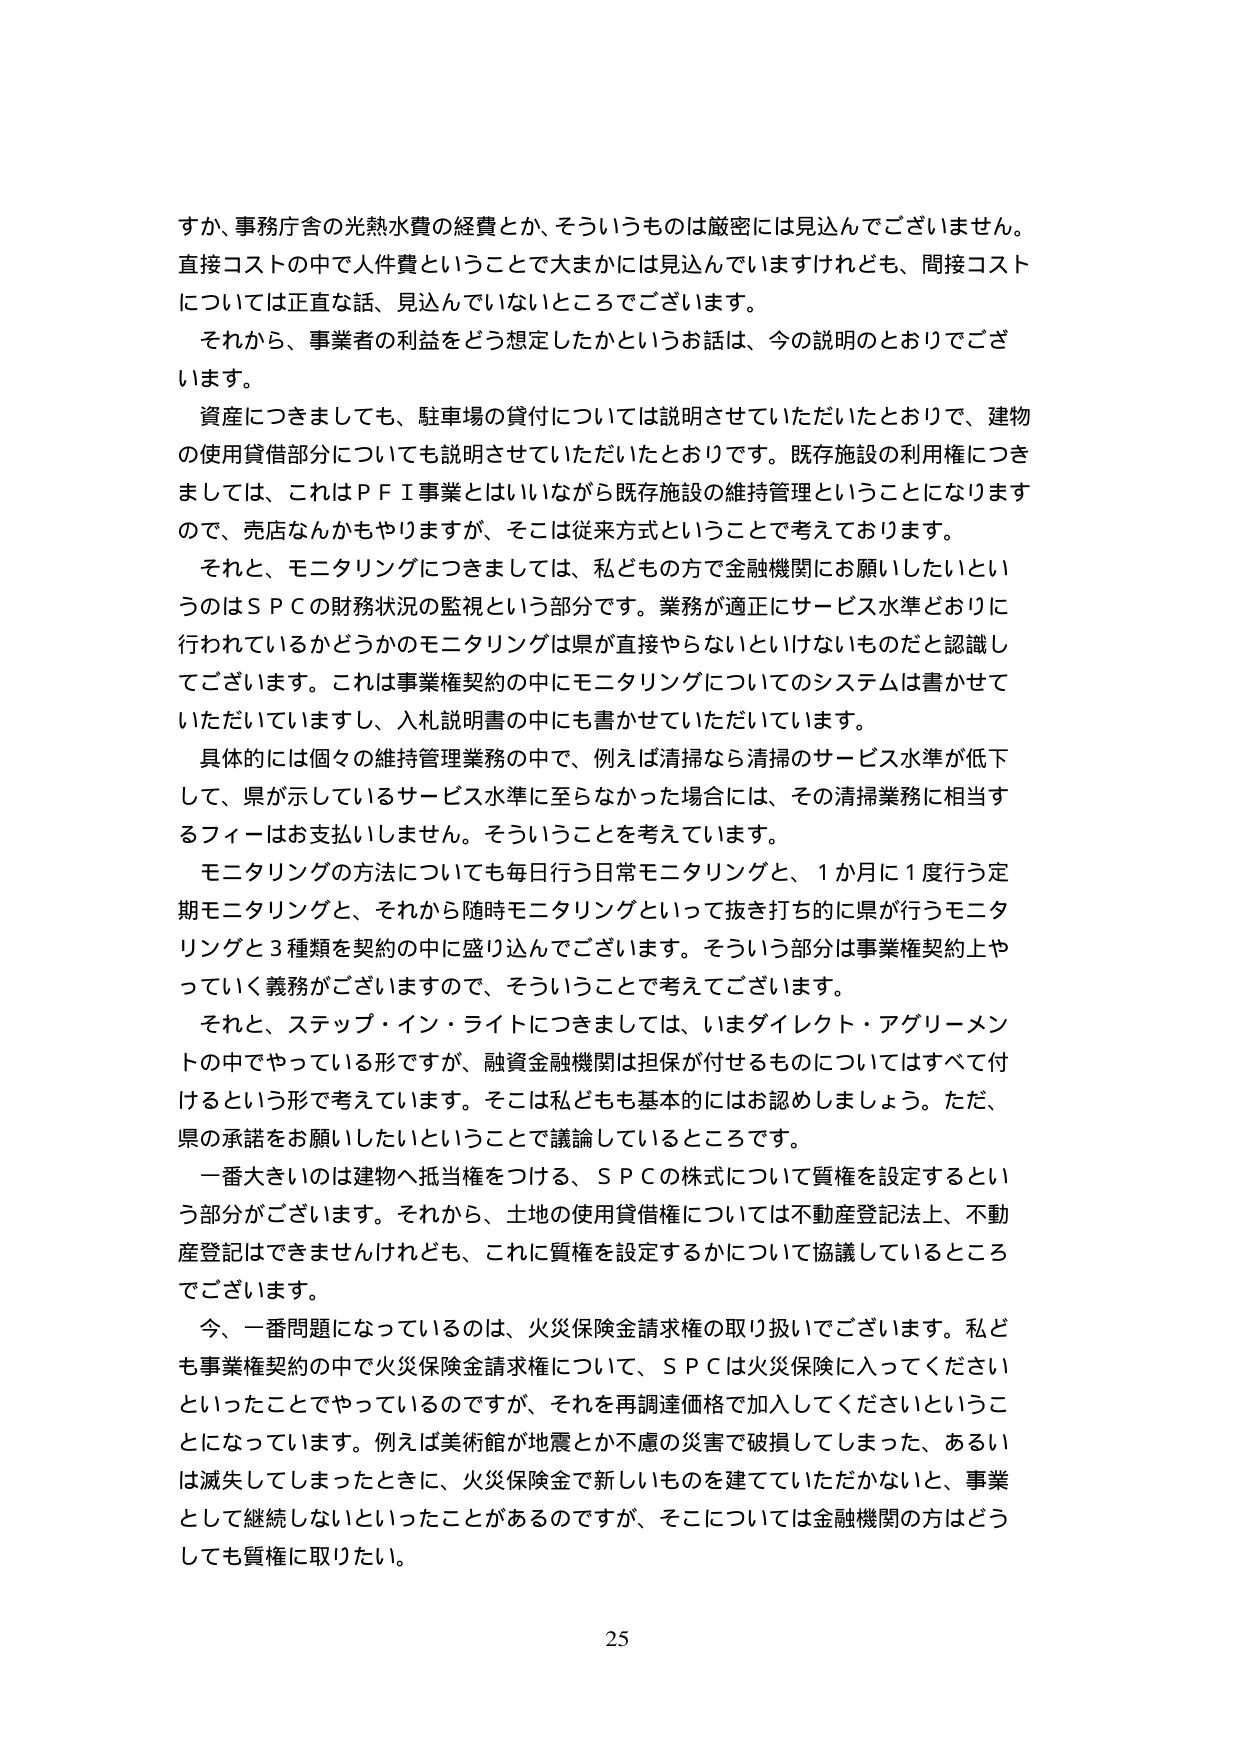
すか、事務庁舎の光熱水費の経費とか、そういうものは厳密には見込んでございません。直接コストの中で人件費ということで大まかには見込んでいますけれども、間接コストについては正直な話、見込んでいないところでございます。

それから、事業者の利益をどう想定したかというお話は、今の説明のとおりでございます。

資産につきましても、駐車場の貸付については説明させていただいたとおりで、建物の使用貸借部分についても説明させていただいたとおりです。既存施設の利用権につきましては、これはＰＦＩ事業とはいいながら既存施設の維持管理ということになりますので、売店なんかもやりますが、そこは従来方式ということで考えております。

それと、モニタリングにつきましては、私どもの方で金融機関にお願いしたいというのはＳＰＣの財務状況の監視という部分です。業務が適正にサービス水準どおりに行われているかどうかのモニタリングは県が直接やらないといけないものだと認識してございます。これは事業権契約の中にモニタリングについてのシステムは書かせていただいていますし、入札説明書の中にも書かせていただいています。

具体的には個々の維持管理業務の中で、例えば清掃なら清掃のサービス水準が低下して、県が示しているサービス水準に至らなかった場合には、その清掃業務に相当するフィーはお支払いしません。そういうことを考えています。

モニタリングの方法についても毎日行う日常モニタリングと、１か月に１度行う定期モニタリングと、それから随時モニタリングといって抜き打ち的に県が行うモニタリングと３種類を契約の中に盛り込んでございます。そういう部分は事業権契約上やっていく義務がございますので、そういうことで考えてございます。

それと、ステップ・イン・ライトにつきましては、いまダイレクト・アグリーメントの中でやっている形ですが、融資金融機関は担保が付せるものについてはすべて付けるという形で考えています。そこは私どもも基本的にはお認めしましょう。ただ、県の承諾をお願いしたいということで議論しているところです。

一番大きいのは建物へ抵当権をつける、ＳＰＣの株式について質権を設定するという部分がございます。それから、土地の使用貸借権については不動産登記法上、不動産登記はできませんけれども、これに質権を設定するかについて協議しているところでございます。

今、一番問題になっているのは、火災保険金請求権の取り扱いでございます。私ども事業権契約の中で火災保険金請求権について、ＳＰＣは火災保険に入ってくださいといったことでやっているのですが、それを再調達価格で加入してくださいということになっています。例えば美術館が地震とか不慮の災害で破損してしまった、あるいは滅失してしまったときに、火災保険金で新しいものを建てていただかないと、事業として継続しないといったことがあるのですが、そこについては金融機関の方はどうしても質権に取りたい。

25